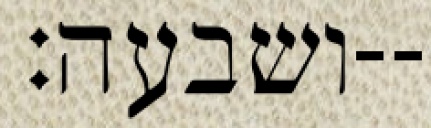
ושבעה׃--